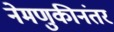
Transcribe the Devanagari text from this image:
नेमणुकीनंतर